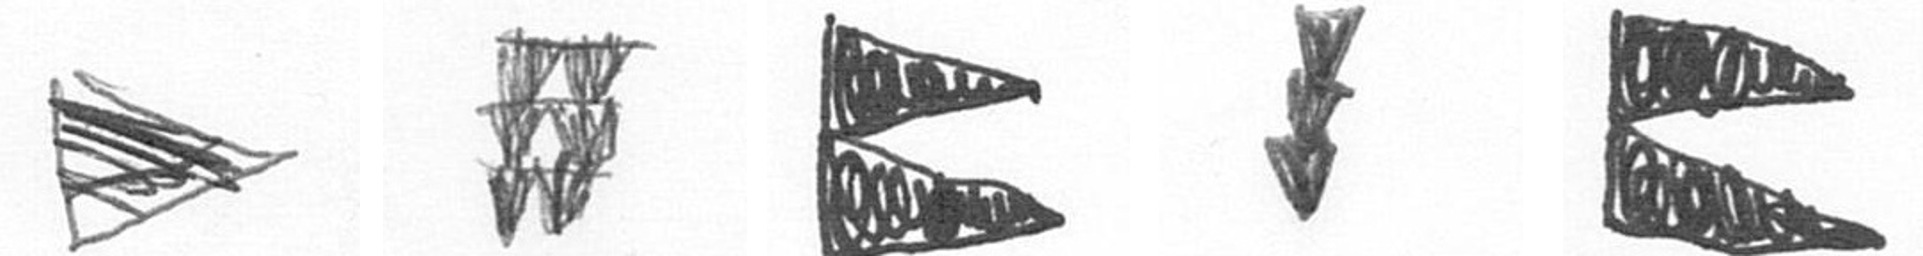
T Y P E P